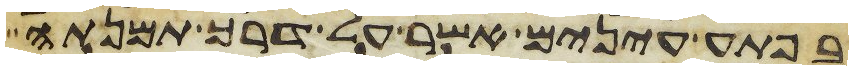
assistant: בפתע עינים אשר על דרך תמנתה